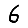
Digit: 6